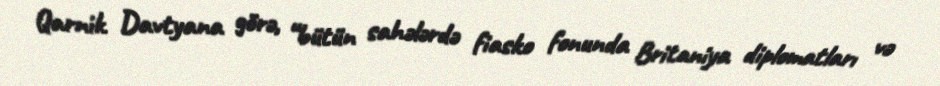
Qarnik Davtyana görə, “bütün sahələrdə fiasko fonunda Britaniya diplomatları və